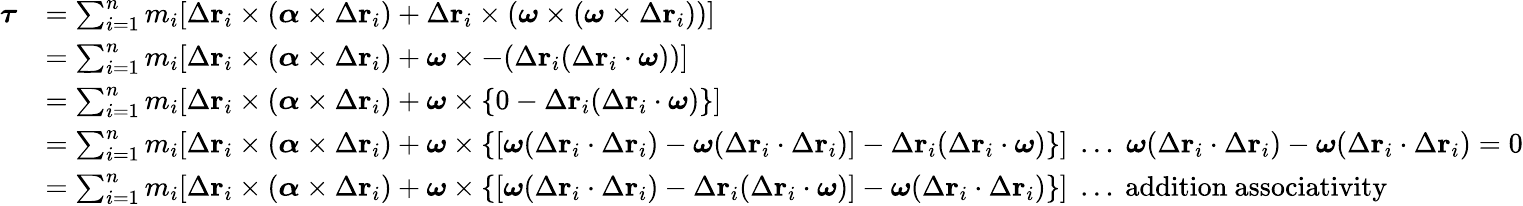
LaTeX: {\begin{array}{rl}{{\boldsymbol{\tau}}}&{=\sum_{i=1}^{n}m_{i}[\Delta\mathbf{r}_{i}\times({\boldsymbol{\alpha}}\times\Delta\mathbf{r}_{i})+\Delta\mathbf{r}_{i}\times({\boldsymbol{\omega}}\times({\boldsymbol{\omega}}\times\Delta\mathbf{r}_{i}))]}\\ &{=\sum_{i=1}^{n}m_{i}[\Delta\mathbf{r}_{i}\times({\boldsymbol{\alpha}}\times\Delta\mathbf{r}_{i})+{\boldsymbol{\omega}}\times-(\Delta\mathbf{r}_{i}(\Delta\mathbf{r}_{i}\cdot{\boldsymbol{\omega}}))]}\\ &{=\sum_{i=1}^{n}m_{i}[\Delta\mathbf{r}_{i}\times({\boldsymbol{\alpha}}\times\Delta\mathbf{r}_{i})+{\boldsymbol{\omega}}\times\{ 0-\Delta\mathbf{r}_{i}(\Delta\mathbf{r}_{i}\cdot{\boldsymbol{\omega}})\} ]}\\ &{=\sum_{i=1}^{n}m_{i}[\Delta\mathbf{r}_{i}\times({\boldsymbol{\alpha}}\times\Delta\mathbf{r}_{i})+{\boldsymbol{\omega}}\times\{ [{\boldsymbol{\omega}}(\Delta\mathbf{r}_{i}\cdot\Delta\mathbf{r}_{i})-{\boldsymbol{\omega}}(\Delta\mathbf{r}_{i}\cdot\Delta\mathbf{r}_{i})]-\Delta\mathbf{r}_{i}(\Delta\mathbf{r}_{i}\cdot{\boldsymbol{\omega}})\} ]\; \ldots\; {\boldsymbol{\omega}}(\Delta\mathbf{r}_{i}\cdot\Delta\mathbf{r}_{i})-{\boldsymbol{\omega}}(\Delta\mathbf{r}_{i}\cdot\Delta\mathbf{r}_{i})=0}\\ &{=\sum_{i=1}^{n}m_{i}[\Delta\mathbf{r}_{i}\times({\boldsymbol{\alpha}}\times\Delta\mathbf{r}_{i})+{\boldsymbol{\omega}}\times\{ [{\boldsymbol{\omega}}(\Delta\mathbf{r}_{i}\cdot\Delta\mathbf{r}_{i})-\Delta\mathbf{r}_{i}(\Delta\mathbf{r}_{i}\cdot{\boldsymbol{\omega}})]-{\boldsymbol{\omega}}(\Delta\mathbf{r}_{i}\cdot\Delta\mathbf{r}_{i})\} ]\; \ldots{\mathrm{~addition~associativity}}}\end{array}}